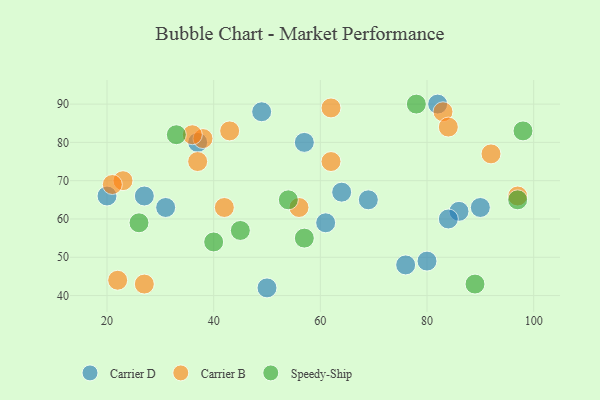
{"axis": {"x": "GDP", "y": "Life Expectancy"}, "legend": ["Carrier B", "Carrier D", "Speedy-Ship"], "data": [{"x": "37", "y": 80, "type": "Carrier D"}, {"x": "57", "y": 80, "type": "Carrier D"}, {"x": "80", "y": 49, "type": "Carrier D"}, {"x": "86", "y": 62, "type": "Carrier D"}, {"x": "84", "y": 60, "type": "Carrier D"}, {"x": "69", "y": 65, "type": "Carrier D"}, {"x": "64", "y": 67, "type": "Carrier D"}, {"x": "82", "y": 90, "type": "Carrier D"}, {"x": "90", "y": 63, "type": "Carrier D"}, {"x": "49", "y": 88, "type": "Carrier D"}, {"x": "50", "y": 42, "type": "Carrier D"}, {"x": "31", "y": 63, "type": "Carrier D"}, {"x": "27", "y": 66, "type": "Carrier D"}, {"x": "76", "y": 48, "type": "Carrier D"}, {"x": "61", "y": 59, "type": "Carrier D"}, {"x": "20", "y": 66, "type": "Carrier D"}, {"x": "97", "y": 66, "type": "Carrier B"}, {"x": "38", "y": 81, "type": "Carrier B"}, {"x": "27", "y": 43, "type": "Carrier B"}, {"x": "42", "y": 63, "type": "Carrier B"}, {"x": "83", "y": 88, "type": "Carrier B"}, {"x": "23", "y": 70, "type": "Carrier B"}, {"x": "43", "y": 83, "type": "Carrier B"}, {"x": "37", "y": 75, "type": "Carrier B"}, {"x": "84", "y": 84, "type": "Carrier B"}, {"x": "62", "y": 89, "type": "Carrier B"}, {"x": "21", "y": 69, "type": "Carrier B"}, {"x": "36", "y": 82, "type": "Carrier B"}, {"x": "62", "y": 75, "type": "Carrier B"}, {"x": "92", "y": 77, "type": "Carrier B"}, {"x": "56", "y": 63, "type": "Carrier B"}, {"x": "22", "y": 44, "type": "Carrier B"}, {"x": "89", "y": 43, "type": "Speedy-Ship"}, {"x": "33", "y": 82, "type": "Speedy-Ship"}, {"x": "40", "y": 54, "type": "Speedy-Ship"}, {"x": "97", "y": 65, "type": "Speedy-Ship"}, {"x": "78", "y": 90, "type": "Speedy-Ship"}, {"x": "57", "y": 55, "type": "Speedy-Ship"}, {"x": "45", "y": 57, "type": "Speedy-Ship"}, {"x": "98", "y": 83, "type": "Speedy-Ship"}, {"x": "54", "y": 65, "type": "Speedy-Ship"}, {"x": "26", "y": 59, "type": "Speedy-Ship"}]}